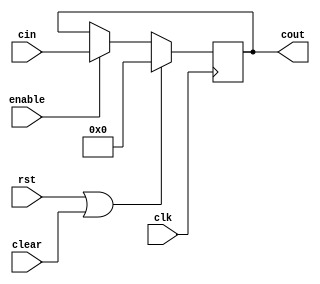
`timescale 1ns / 1ps
//////////////////////////////////////////////////////////////////////////////////
// Company: 
// Engineer: 
// 
// Design Name: 
// Module Name: flopenrc
// Project Name: 
// Target Devices: 
// Tool Versions: 
// Description: 
// 
// Dependencies: 
// 
// Revision:
// Revision 0.01 - File Created
// Additional Comments:
// 
//////////////////////////////////////////////////////////////////////////////////


module flopenrc  #(parameter WIDTH = 8)(
	input clk,rst,clear,enable,
	input wire[WIDTH-1:0] cin,
	output reg[WIDTH-1:0] cout
    );
	always @(posedge clk) begin
		if (rst || clear) begin
			// reset
			cout <= 0;
		end
		else if (enable) begin
			cout <= cin;
		end
	end
endmodule